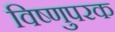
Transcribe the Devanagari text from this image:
विष्णुपरक